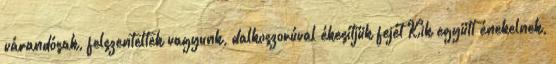
várandósak, felszenteltek vagyunk, dalkoszorúval ékesítjük fejét Kik együtt énekelnek,